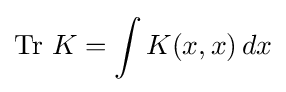
\operatorname {Tr} \,K=\int K(x,x)\,dx